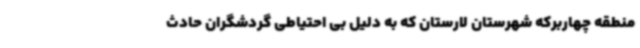
منطقه چهاربرکه شهرستان لارستان که به دلیل بی احتیاطی گردشگران حادث